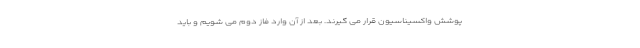
پوشش واکسیناسیون قرار می گیرند. بعد از آن وارد فاز دوم می شویم و باید